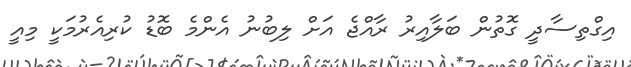
އިގްތިސާދީ ގޮތުން ބަލާއިރު ރާއްޖެ އަށް ލިބުނު އެންމެ ބޮޑު ކުރިއެރުމަކީ މިއީ